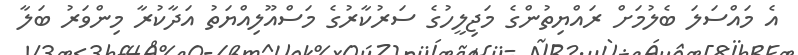
އެ މައްސަލަ ބެލުމަށް ރައްޔިތުންގެ މަޖިލީހުގެ ސަރުކާރުގެ މަސްއޫލިއްޔަތު އަދާކުރާ މިންވަރު ބަލާ